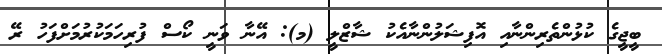
ބީޖީގެ ކުޅުންތެރިންނާއި އޮފިޝަލުންނާއެކު ޝާޒްލީ (މ): އޭނާ ވަނީ ކޯސް ފުރިހަމަކުރުމަށްފަހު ރޭ